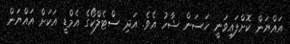
އައްޔަން ކޮށްފައިވަނީ ހަސަން ޝާހު އެވެ. އަދި ސްޓެލްކޯގެ އެމްޑީ އަކަށް އައްޔަން